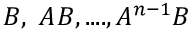
B , \ A B , . . . . , A ^ { n - 1 } B